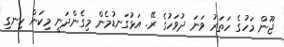
ޖޫން މަހުގެ ހަތަރު ވަނަ ދުވަހުގެ ރޭ. އަޅުގަނޑުމެން މިގެންދަނީ މިކަން ހިނގި